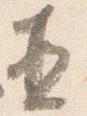
直